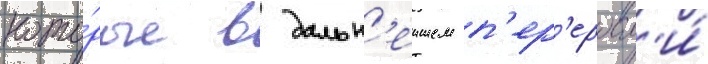
кото́рые в дальн'еишем п'ер'еросл'и́